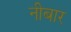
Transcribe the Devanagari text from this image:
नीबार